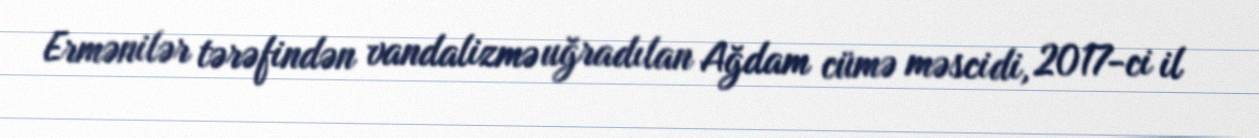
Ermənilər tərəfindən vandalizmə uğradılan Ağdam cümə məscidi, 2017-ci il